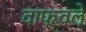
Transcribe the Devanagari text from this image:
वाफवले